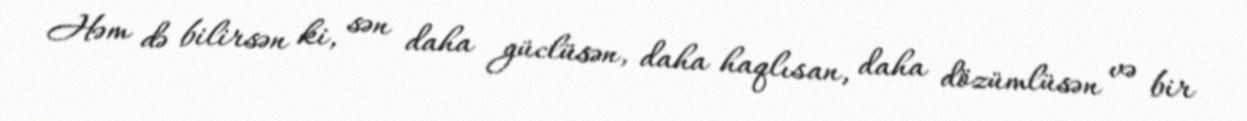
Həm də bilirsən ki, sən daha güclüsən, daha haqlısan, daha dözümlüsən və bir